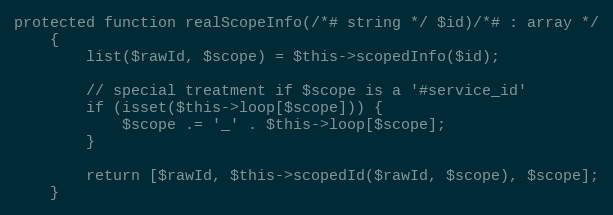
Language: PHP
protected function realScopeInfo(/*# string */ $id)/*# : array */
    {
        list($rawId, $scope) = $this->scopedInfo($id);

        // special treatment if $scope is a '#service_id'
        if (isset($this->loop[$scope])) {
            $scope .= '_' . $this->loop[$scope];
        }

        return [$rawId, $this->scopedId($rawId, $scope), $scope];
    }